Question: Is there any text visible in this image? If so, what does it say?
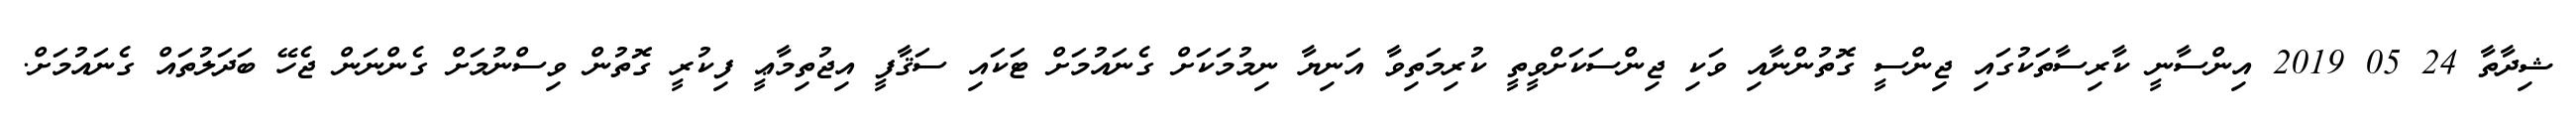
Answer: ޝިދާތާ 24 05 2019 އިންސާނީ ކާރިސާތަކުގައި ޖިންސީ ގޮތުންނާއި ވަކި ޖިންސަކަށްވީތީ ކުރިމަތިވާ އަނިޔާ ނިމުމަކަށް ގެނައުމަށް ޓަކައި ސަޤާފީ އިޖުތިމާޢީ ފިކުރީ ގޮތުން ވިސްނުމަށް ގެންނަން ޖެހޭ ބަދަލުތައް ގެނައުމަށް.